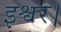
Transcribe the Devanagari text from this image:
इश्वर।